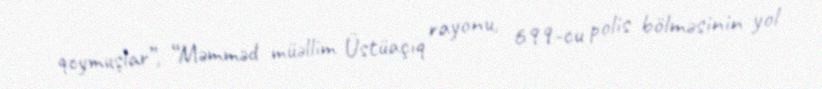
qoymuşlar”, “Məmməd müəllim Üstüaçıq rayonu, 699-cu polis bölməsinin yol